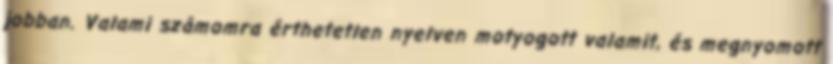
jobban. Valami számomra érthetetlen nyelven motyogott valamit, és megnyomott